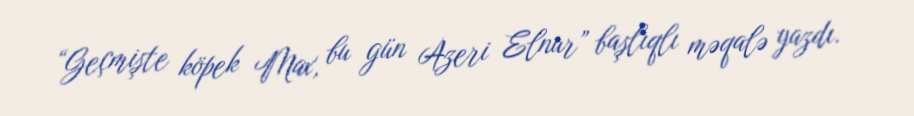
“Geçmişte köpek Max, bu gün Azeri Elnur” başlıqlı məqalə yazdı.